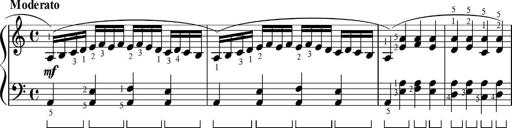
Title: Sonatinas
Composer: Andrew Violette